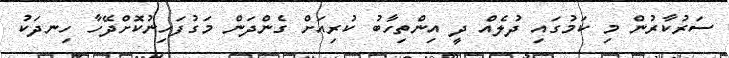
ސަރުކާރުން މި ކަމުގައި ދުލެއް ދީ އިންތިހާބު ކުރިއަށް ގެންދަން މަގުފަހިނުކޮށްދޭހާ ހިނދަކު